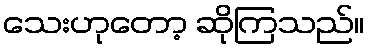
သေးဟုတော့ ဆိုကြသည်။